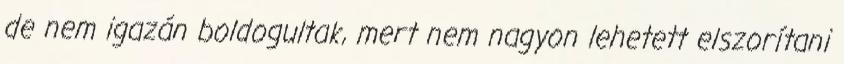
de nem igazán boldogultak, mert nem nagyon lehetett elszorítani